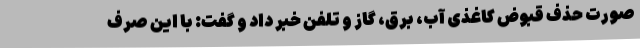
صورت حذف قبوض کاغذی آب، برق، گاز و تلفن خبر داد و گفت: با این صرف